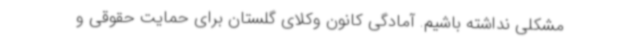
مشکلی نداشته باشیم. آمادگی کانون وکلای گلستان برای حمایت‌ حقوقی و